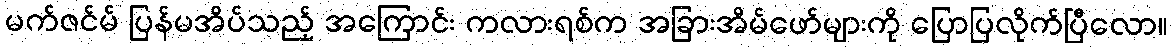
မက်ဇင်မ် ပြန်မအိပ်သည့် အကြောင်း ကလားရစ်က အခြားအိမ်ဖော်များကို ပြောပြလိုက်ပြီလော။